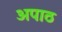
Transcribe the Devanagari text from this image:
अपाठ